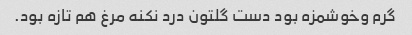
گرم وخوشمزه بود دست گلتون درد نکنه مرغ هم تازه بود.